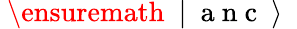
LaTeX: \mathrm{~\ensuremath~{~\vert~\mathrm{~a~n~c~}~\rangle~}~}